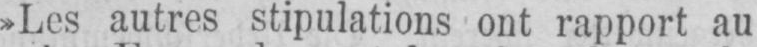
»Les autres stipulations ont rapport au